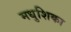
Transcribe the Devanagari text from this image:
मधुशिका